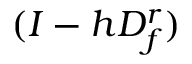
( I - h D _ { f } ^ { r } )